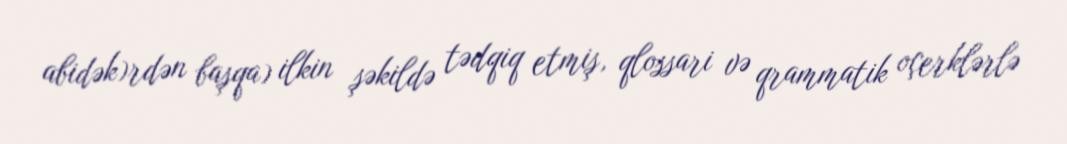
abidək)rdən başqa) ilkin şəkildə tədqiq etmiş, qlossari və qrammatik oçerklərlə